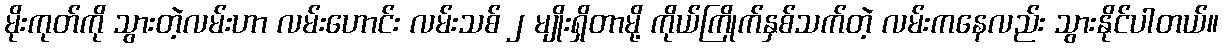
မိုးကုတ်ကို သွားတဲ့လမ်းဟာ လမ်းဟောင်း လမ်းသစ် ၂ မျိုးရှိတာမို့ ကိုယ်ကြိုက်နှစ်သက်တဲ့ လမ်းကနေလည်း သွားနိုင်ပါတယ်။